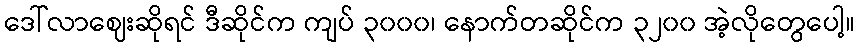
ဒေါ်လာဈေးဆိုရင် ဒီဆိုင်က ကျပ် ၃၀၀၀၊ နောက်တဆိုင်က ၃၂၀၀ အဲ့လိုတွေပေါ့။